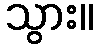
သွား။